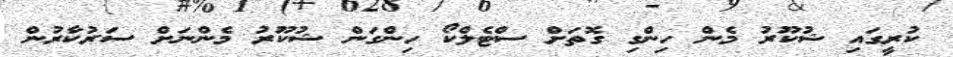
ކުރީގައި ޝުކޫރު މެން ހިންގި ގޮތަށް ސްޓެލްކޯ ހިންގަން ޝުކޫރު މެންނަށް ސަރުކާރުން